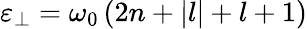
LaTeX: \begin{array}{r}{\varepsilon_{\perp}=\omega_{0}\left(2n+|l|+l+1\right)}\end{array}